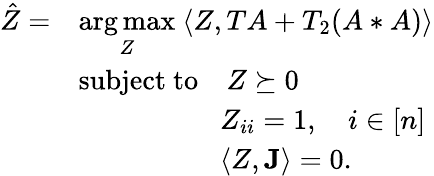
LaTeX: \begin{array}{rl}{\hat{Z}=}&{\underset{Z}{\arg\operatorname*{max}}~\langle Z,TA+T_{2}(A*A)\rangle}\\ &{\mathrm{subject~to}\quad Z\succeq 0}\\ &{\quad\quad\quad\quad\quad Z_{ii}=1,\quad i\in[n]}\\ &{\quad\quad\quad\quad\quad\langle Z,\mathbf{J}\rangle=0.}\end{array}